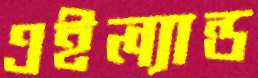
এইল্যান্ড